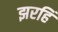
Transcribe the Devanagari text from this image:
झरहिं